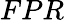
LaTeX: FPR